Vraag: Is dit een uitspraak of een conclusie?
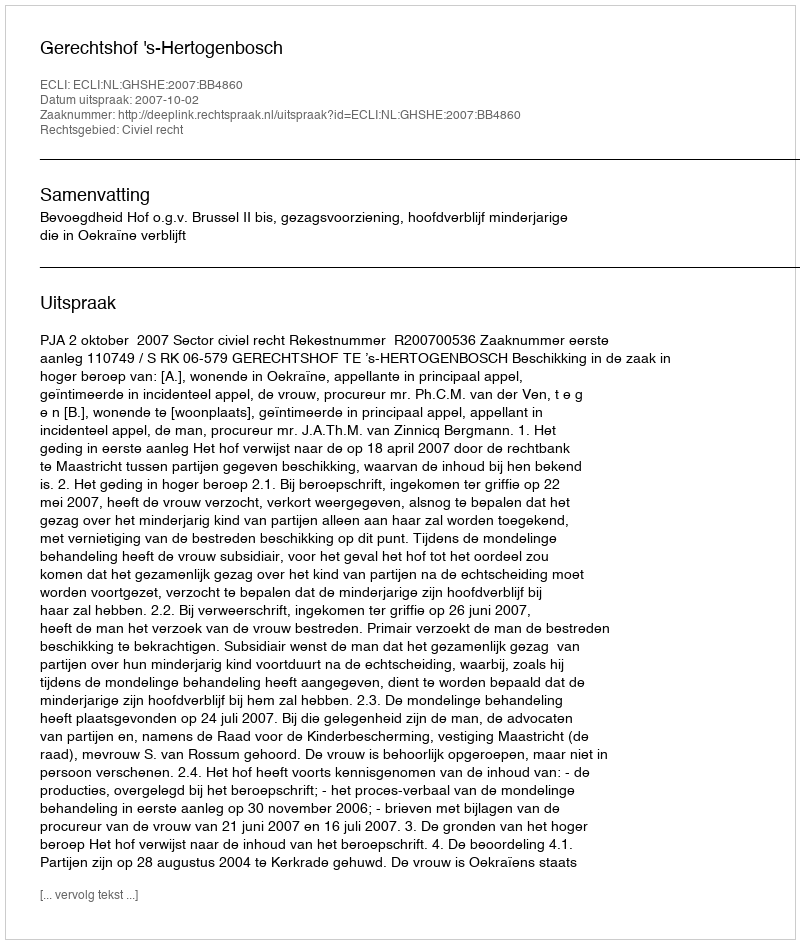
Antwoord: Uitspraak